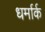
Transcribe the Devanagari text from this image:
धर्मार्क